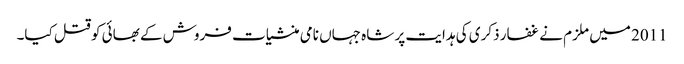
2011 میں ملزم نے غفار ذکری کی ہدایت پر شاہ جہاں نامی منشیات فروش کے بھائی کو قتل کیا۔